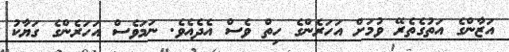
އަޒާންގެ އަތުގެތެރޭ ވުމަށް އަހަރެންގެ ހިތް ވެސް އެދެއެވެ. ނަމަވެސް އަހަރެންގެ ގަޔާކު